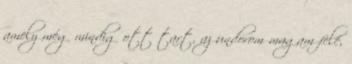
amely még mindig ott tart, az undorom magam felé,